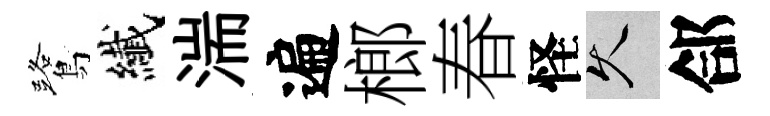
鷺纎湍遍榔春怪久郃